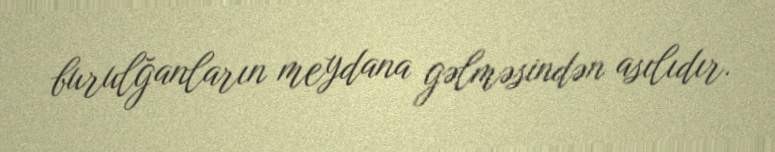
burulğanların meydana gəlməsindən asılıdır.